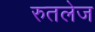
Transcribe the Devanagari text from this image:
रुतलेज